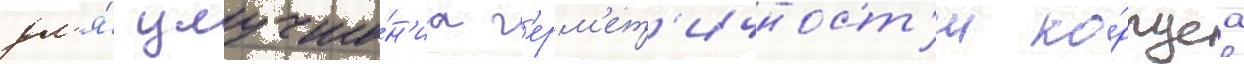
дл'я́ улучше́н'иа г'ерм'ет'ичност'и ко́рпуса